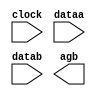
// megafunction wizard: %LPM_COMPARE%VBB%
// GENERATION: STANDARD
// VERSION: WM1.0
// MODULE: LPM_COMPARE 

// ============================================================
// Megafunction Name(s):
// 			LPM_COMPARE
//
// Simulation Library Files(s):
// 			lpm
// ============================================================
// ************************************************************
// THIS IS A WIZARD-GENERATED FILE. DO NOT EDIT THIS FILE!
//
// 11.0 Build 157 04/27/2011 SJ Full Version
// ************************************************************

//Copyright (C) 1991-2011 Altera Corporation
//Your use of Altera Corporation's design tools, logic functions 
//and other software and tools, and its AMPP partner logic 
//functions, and any output files from any of the foregoing 
//(including device programming or simulation files), and any 
//associated documentation or information are expressly subject 
//to the terms and conditions of the Altera Program License 
//Subscription Agreement, Altera MegaCore Function License 
//Agreement, or other applicable license agreement, including, 
//without limitation, that your use is for the sole purpose of 
//programming logic devices manufactured by Altera and sold by 
//Altera or its authorized distributors.  Please refer to the 
//applicable agreement for further details.

module pix_compare (
	clock,
	dataa,
	datab,
	agb);

	input	  clock;
	input	[13:0]  dataa;
	input	[13:0]  datab;
	output	  agb;

endmodule

// ============================================================
// CNX file retrieval info
// ============================================================
// Retrieval info: PRIVATE: AeqB NUMERIC "0"
// Retrieval info: PRIVATE: AgeB NUMERIC "0"
// Retrieval info: PRIVATE: AgtB NUMERIC "1"
// Retrieval info: PRIVATE: AleB NUMERIC "0"
// Retrieval info: PRIVATE: AltB NUMERIC "0"
// Retrieval info: PRIVATE: AneB NUMERIC "0"
// Retrieval info: PRIVATE: INTENDED_DEVICE_FAMILY STRING "Cyclone IV E"
// Retrieval info: PRIVATE: LPM_PIPELINE NUMERIC "1"
// Retrieval info: PRIVATE: Latency NUMERIC "1"
// Retrieval info: PRIVATE: PortBValue NUMERIC "0"
// Retrieval info: PRIVATE: Radix NUMERIC "16"
// Retrieval info: PRIVATE: SYNTH_WRAPPER_GEN_POSTFIX STRING "0"
// Retrieval info: PRIVATE: SignedCompare NUMERIC "0"
// Retrieval info: PRIVATE: aclr NUMERIC "0"
// Retrieval info: PRIVATE: clken NUMERIC "0"
// Retrieval info: PRIVATE: isPortBConstant NUMERIC "0"
// Retrieval info: PRIVATE: nBit NUMERIC "14"
// Retrieval info: PRIVATE: new_diagram STRING "1"
// Retrieval info: LIBRARY: lpm lpm.lpm_components.all
// Retrieval info: CONSTANT: LPM_PIPELINE NUMERIC "1"
// Retrieval info: CONSTANT: LPM_REPRESENTATION STRING "UNSIGNED"
// Retrieval info: CONSTANT: LPM_TYPE STRING "LPM_COMPARE"
// Retrieval info: CONSTANT: LPM_WIDTH NUMERIC "14"
// Retrieval info: USED_PORT: agb 0 0 0 0 OUTPUT NODEFVAL "agb"
// Retrieval info: USED_PORT: clock 0 0 0 0 INPUT NODEFVAL "clock"
// Retrieval info: USED_PORT: dataa 0 0 14 0 INPUT NODEFVAL "dataa[13..0]"
// Retrieval info: USED_PORT: datab 0 0 14 0 INPUT NODEFVAL "datab[13..0]"
// Retrieval info: CONNECT: @clock 0 0 0 0 clock 0 0 0 0
// Retrieval info: CONNECT: @dataa 0 0 14 0 dataa 0 0 14 0
// Retrieval info: CONNECT: @datab 0 0 14 0 datab 0 0 14 0
// Retrieval info: CONNECT: agb 0 0 0 0 @agb 0 0 0 0
// Retrieval info: GEN_FILE: TYPE_NORMAL pix_compare.v TRUE
// Retrieval info: GEN_FILE: TYPE_NORMAL pix_compare.inc FALSE
// Retrieval info: GEN_FILE: TYPE_NORMAL pix_compare.cmp FALSE
// Retrieval info: GEN_FILE: TYPE_NORMAL pix_compare.bsf TRUE
// Retrieval info: GEN_FILE: TYPE_NORMAL pix_compare_inst.v FALSE
// Retrieval info: GEN_FILE: TYPE_NORMAL pix_compare_bb.v TRUE
// Retrieval info: LIB_FILE: lpm